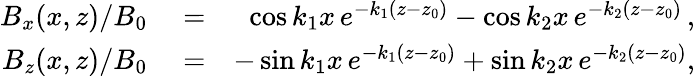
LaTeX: \begin{array}{rlr}{B_{x}(x,z)/B_{0}}&{{}=}&{\cos k_{1}x\, e^{-k_{1}(z-z_{0})}-\cos k_{2}x\, e^{-k_{2}(z-z_{0})}\, ,}\\ {B_{z}(x,z)/B_{0}}&{{}=}&{-\sin k_{1}x\, e^{-k_{1}(z-z_{0})}+\sin k_{2}x\, e^{-k_{2}(z-z_{0})},}\end{array}